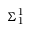
{ \boldsymbol { \Sigma } } _ { 1 } ^ { 1 }